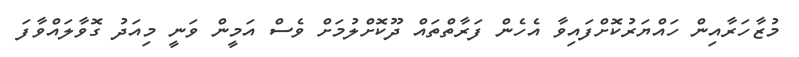
މުޒާހަރާއިން ހައްޔަރުކޮށްފައިވާ އެހެން ފަރާތްތައް ދޫކޮށްލުމަށް ވެސް އަމީން ވަނީ މިއަދު ގޮވާލައްވާފަ